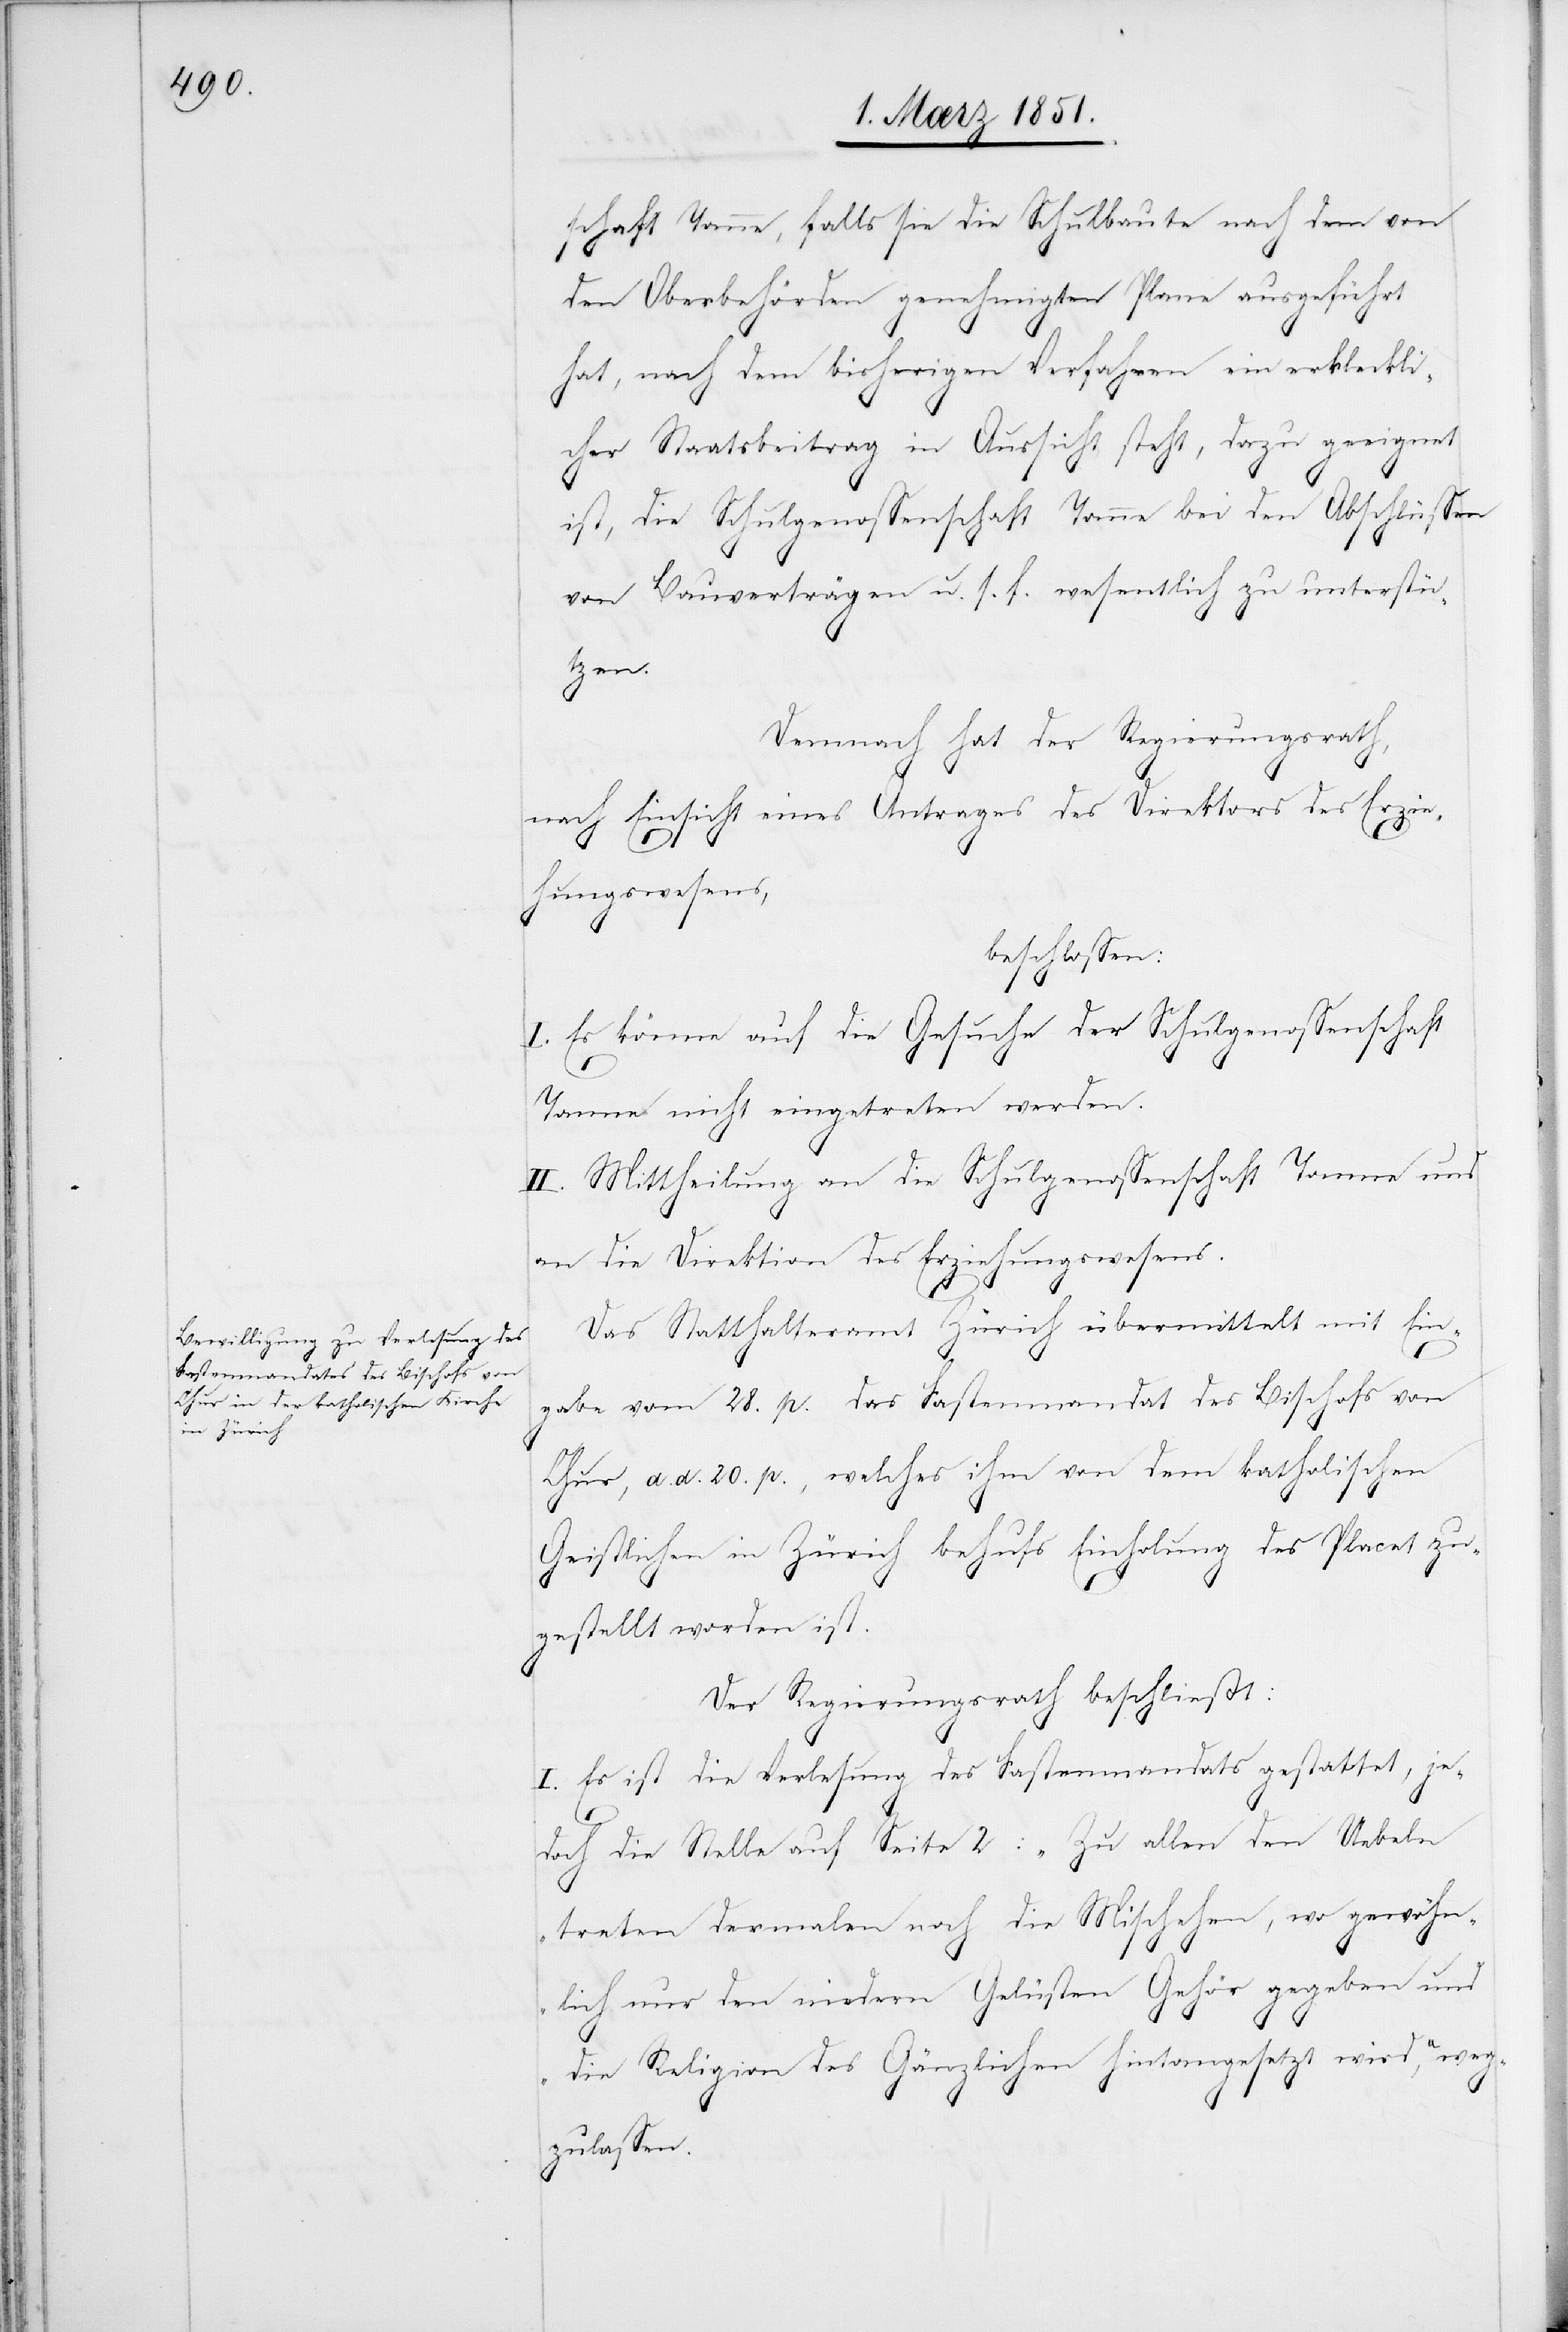
schaft Tanne, falls sie die Schulbaute nach dem von
den Oberbehörden genehmigten Plane ausgeführt
hat, nach dem bisherigen Verfahren ein erkleckli¬
cher Staatsbeitrag in Aussicht steht, dazu geeignet
ist, die Schulgenossenschaft Tanne bei den Abschlüssen
von Bauverträgen u. s. f. wesentlich zu unterstü¬
tzen.
Demnach hat der Regierungsrath,
nach Einsicht eines Antrages des Direktors des Erzie¬
hungswesens,
beschlossen:
I. Es könne auf die Gesuche der Schulgenossenschaft
Tanne nicht eingetreten werden.
II. Mittheilung an die Schulgenossenschaft Tanne und
an die Direktion des Erziehungswesens.
Das Statthalteramt Zürich übermittelt mit Ein¬
gabe vom 28. p. das Fastenmandat des Bischofs von
Chur, d. d. 20. p., welches ihm von dem katholischen
Geistlichen in Zürich behufs Einholung des Placet zu¬
gestellt worden ist.
Der Regierungsrath beschließt:
I. Es ist die Verlesung des Fastenmandats gestattet, je¬
doch die Stelle auf Seite 2: „Zu allen den Uebeln
treten dermalen noch die Mischehen, wo gewöhn¬
lich nur den niedern Gelüsten Gehör gegeben und
die Religion des Gänzlichen hintangesetzt wird,“ weg¬
zulassen.